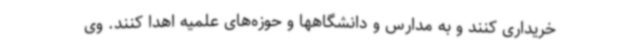
خریداری کنند و به مدارس و دانشگاهها و حوزه‌های علمیه اهدا کنند. وی